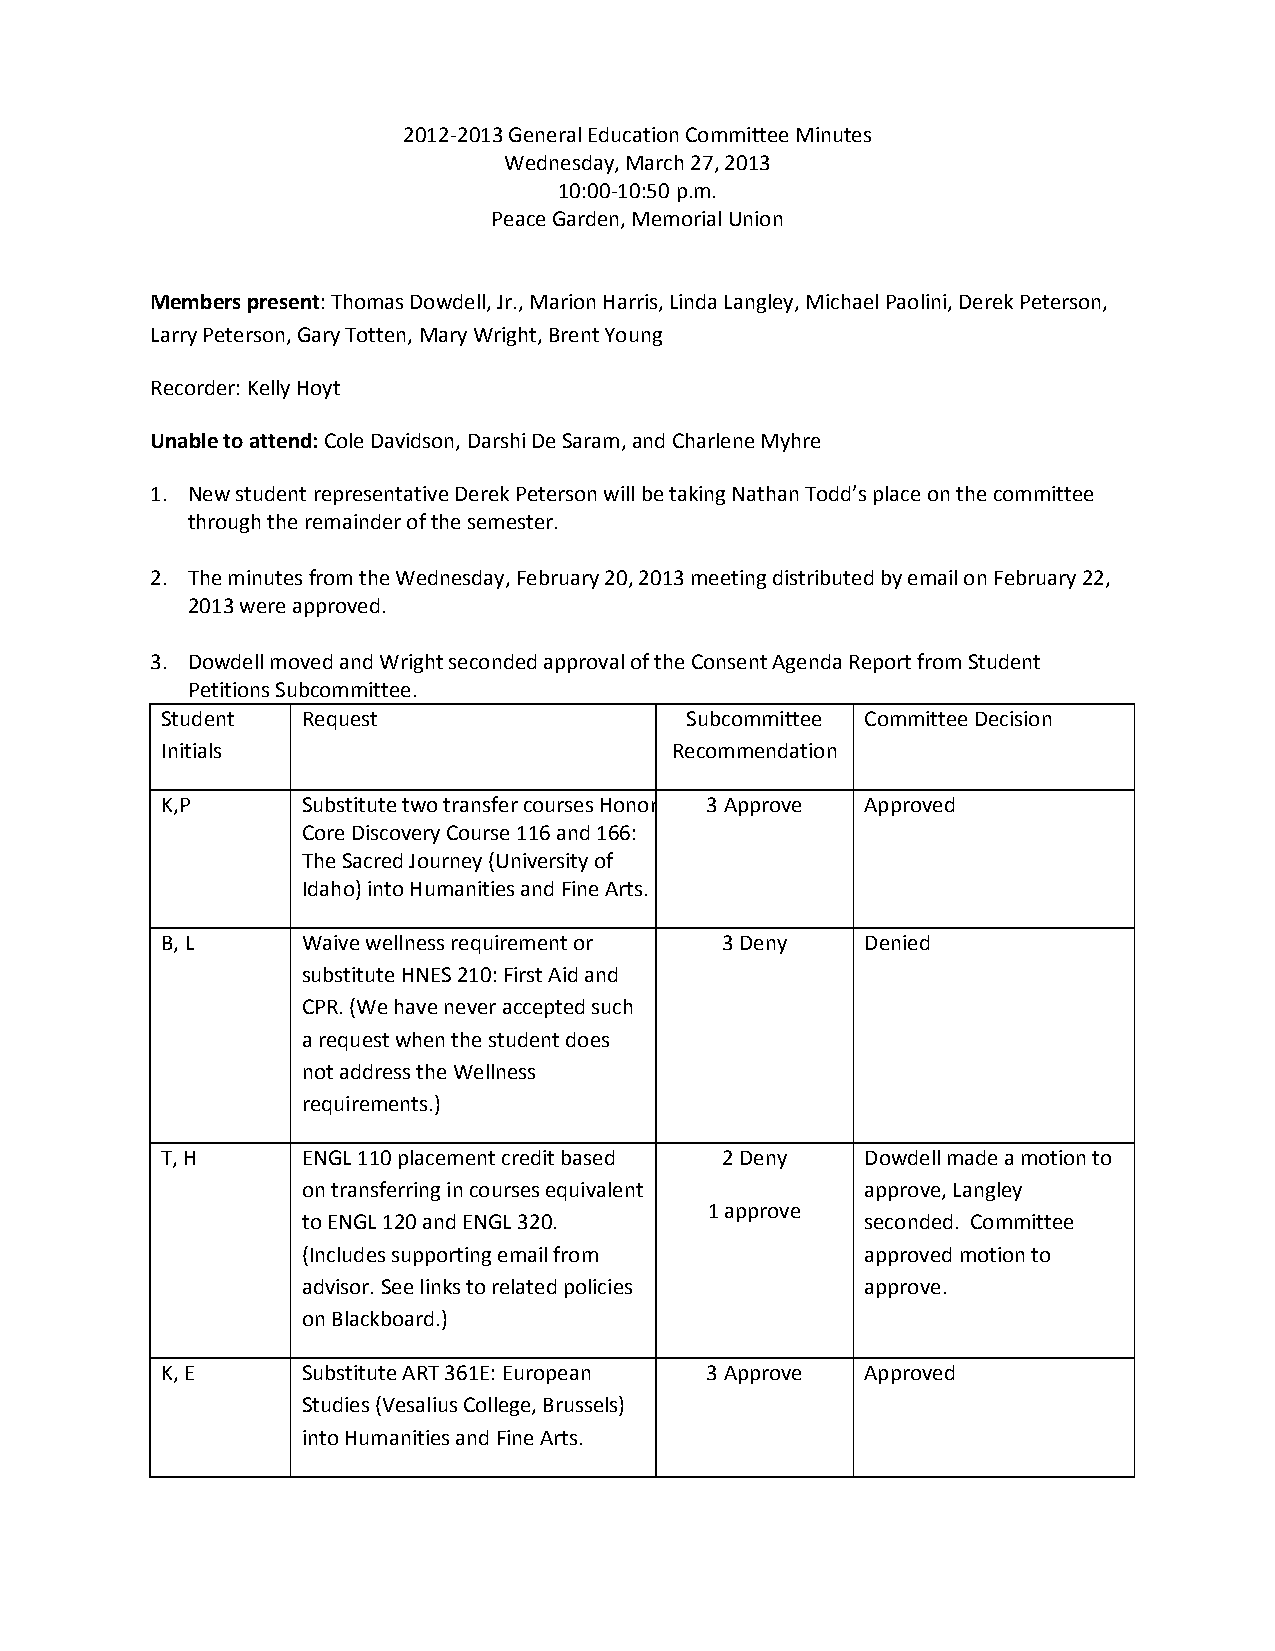
2012-2013 General Education Committee Minutes
 Wednesday, March 27, 2013
 10:00-10:50 p.m.
 Peace Garden, Memorial Union
 Members present: Thomas Dowdell, Jr., Marion Harris, Linda Langley, Michael Paolini, Derek Peterson,
 Larry Peterson, Gary Totten, Mary Wright, Brent Young
 Recorder: Kelly Hoyt
 Unable to attend: Cole Davidson, Darshi De Saram, and Charlene Myhre
 1. New student representative Derek Peterson will be taking Nathan Todd’s place on the committee
 through the remainder of the semester.
 2. The minutes from the Wednesday, February 20, 2013 meeting distributed by email on February 22,
 2013 were approved.
 3. Dowdell moved and Wright seconded approval of the Consent Agenda Report from Student
 Petitions Subcommittee.
 Student  Request                  Subcommittee Committee Decision
 Initials                         Recommendation
 K,P      Substitute two transfer courses Honor 3 Approve Approved
 Core Discovery Course 116 and 166:
 The Sacred Journey (University of
 Idaho) into Humanities and Fine Arts.
 B, L     Waive wellness requirement or 3 Deny Denied
 substitute HNES 210: First Aid and
 CPR. (We have never accepted such
 a request when the student does
 not address the Wellness
 requirements.)
 T, H     ENGL 110 placement credit based 2 Deny Dowdell made a motion to
 on transferring in courses equivalent approve, Langley
 1 approve
 to ENGL 120 and ENGL 320.            seconded. Committee
 (Includes supporting email from      approved motion to
 advisor. See links to related policies approve.
 on Blackboard.)
 K, E     Substitute ART 361E: European 3 Approve Approved
 Studies (Vesalius College, Brussels)
 into Humanities and Fine Arts.